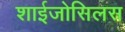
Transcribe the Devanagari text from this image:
शाईजोसिलस